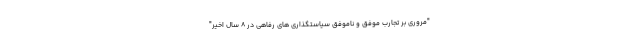
"مروری بر تجارب موفق و ناموفق سیاستگذاری های رفاهی در ۸ سال اخیر"